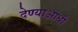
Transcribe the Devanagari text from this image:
देण्याआधी